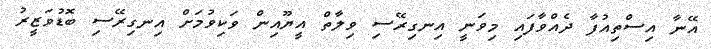
އޭނާ އިސްތިއުފާ ދެއްވާފައި މިވަނީ އިނގިރޭސި ވިލާތް އީޔޫއިން ވަކިވުމަށް އިނގިރޭސި ބޮޑުވަޒީރު